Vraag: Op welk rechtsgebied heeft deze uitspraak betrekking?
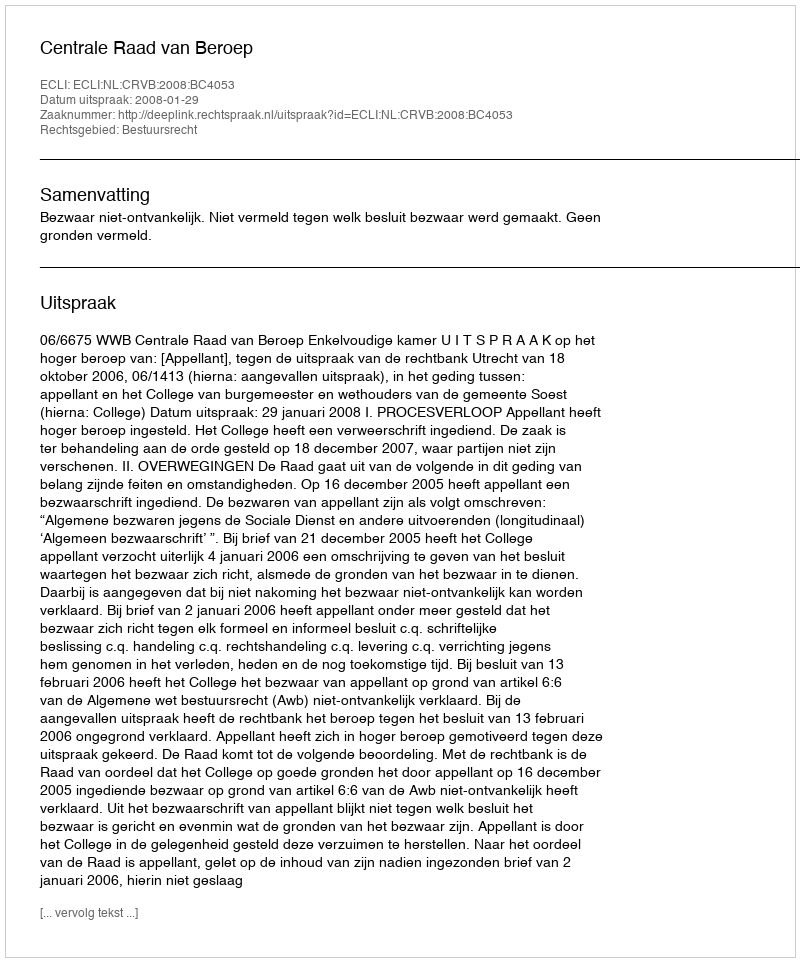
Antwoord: Bestuursrecht